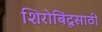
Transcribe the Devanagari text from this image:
शिरोबिंदूसाठी